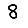
Digit: 8